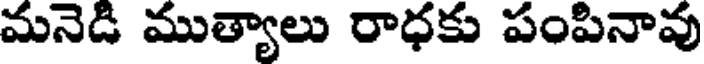
మనెడి ముత్యాలు రాధకు పంపినావు